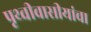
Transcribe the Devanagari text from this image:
पृथ्वीवासीयांचा